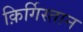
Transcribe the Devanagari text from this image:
क़िर्गिस्तान